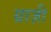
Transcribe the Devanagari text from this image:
ग्राज़ी